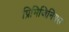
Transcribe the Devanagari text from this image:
प्रिमिजिनियस